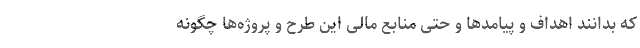
که بدانند اهداف و پیامدها و حتی منابع مالی این طرح و پروژه‌ها چگونه